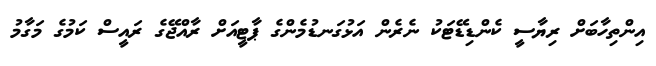
އިންތިހާބަށް ރިޔާސީ ކެންޑިޑޭޓަކު ނެރެން އަޅުގަނޑުމެންގެ ޕާޓީއަށް ރާއްޖޭގެ ރައީސް ކަމުގެ މަގާމު